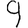
Digit: 9